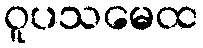
ဝူပသမေထ